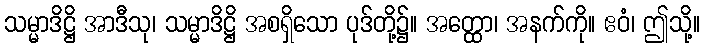
သမ္မာဒိဋ္ဌိ အာဒီသု၊ သမ္မာဒိဋ္ဌိ အစရှိသော ပုဒ်တို့၌။ အတ္ထော၊ အနက်ကို။ ဧဝံ၊ ဤသို့။